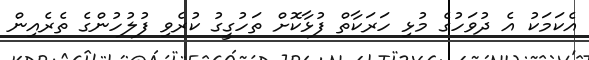
އެކަމަކު އެ ދުވަހުގެ މުޅި ހަރަކާތް ފުޅާކޮށް ތަހުގީގު ކުރެވި ފުލުހުންގެ ތެރެއިން